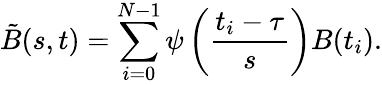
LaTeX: \tilde{B}(s,t)=\sum_{i=0}^{N-1}\psi\left(\frac{t_{i}-\tau}{s}\right)B(t_{i}).